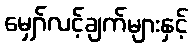
မျှော်လင့်ချက်များနှင့်